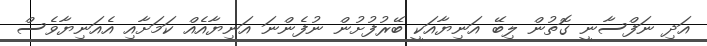
އަދި ނަފްސާނީ ގޮތުން ލިބޭ އަނިޔާއަކީ ބޭރުފުށުން ނުފެންނަ އަނިޔާއެއް ކަމަށާއި އެއަނިޔާވެސް